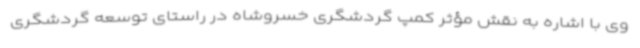
وی با اشاره به نقش مؤثر کمپ گردشگری خسروشاه در راستای توسعه گردشگری